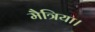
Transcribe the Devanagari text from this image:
मैत्रिया।